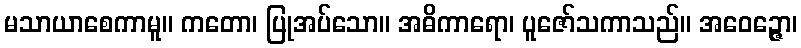
မသာယာစေကာမူ။ ကတော၊ ပြုအပ်သော။ အဓိကာရော၊ ပူဇော်သကာသည်။ အဝေဉ္ဇော၊